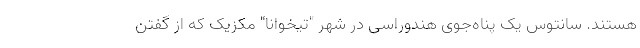
هستند. سانتوس یک پناه‌جوی هندوراسی در شهر "تیخوانا" مکزیک که از گفتن